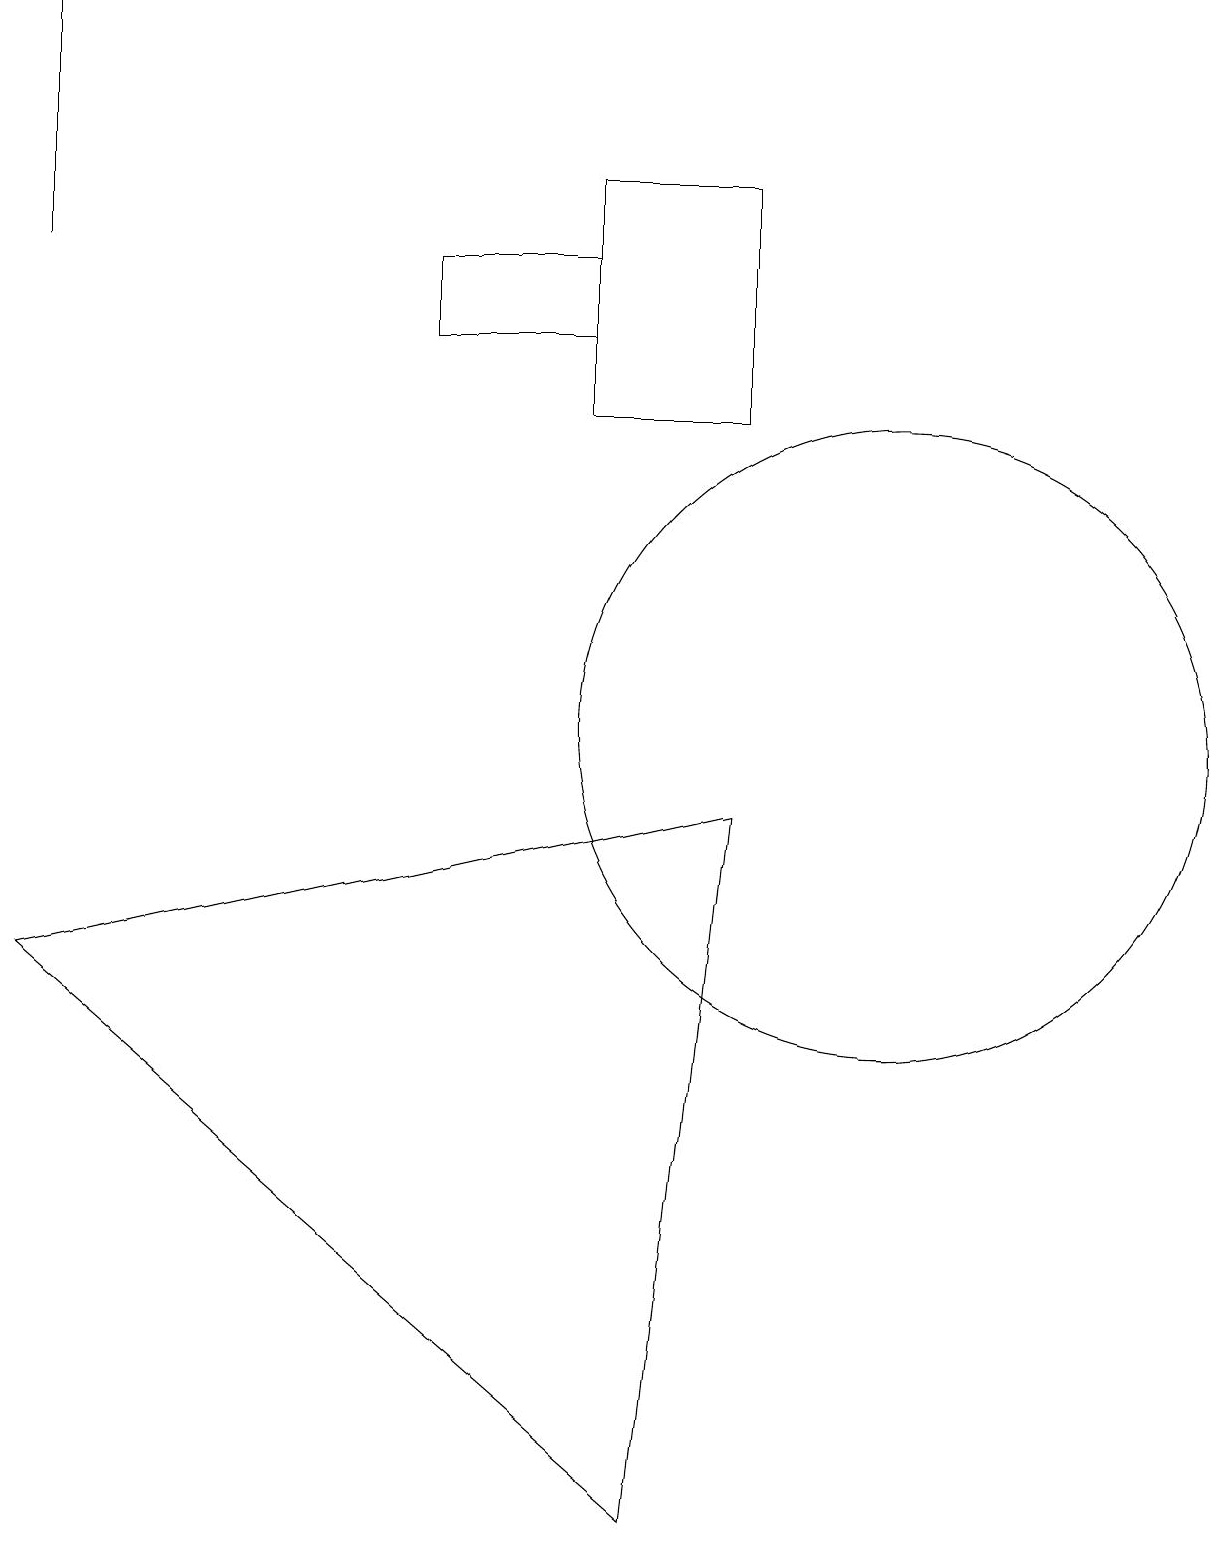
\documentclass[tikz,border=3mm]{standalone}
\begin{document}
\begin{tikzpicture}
\draw (11,10) circle (4);
\draw (0,7) -- (9,9) -- (8,0) -- cycle;
\draw (7,16) rectangle (5,15);
\draw (0,19) rectangle (0,16);
\draw (9,17) rectangle (7,14);
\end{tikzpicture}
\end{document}